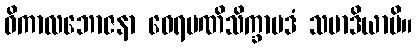
ဝိကာလဘောဇနာ ဝေရမဏိသိက္ခာပဒံ သမာဒိယာမိ။